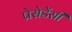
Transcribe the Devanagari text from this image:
प्रेसेडेंसी